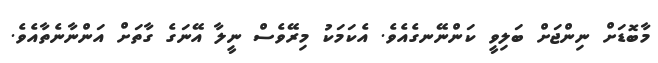
މާބޮޑަށް ނިންޖަށް ބަލިވީ ކަންނޭނގެއެވެ. އެކަމަކު މިރޭވެސް ނީލާ އޭނަގެ ގާތަށް އަންނާނެތާއެވެ.